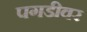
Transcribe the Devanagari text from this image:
पगडीवर